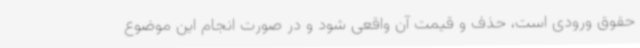
حقوق ورودی است، حذف و قیمت آن واقعی شود و در صورت انجام این موضوع